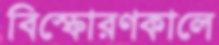
বিস্ফোরণকালে